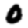
Digit: 0